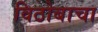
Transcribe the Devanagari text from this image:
विठोबाचा